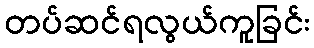
တပ်ဆင်ရလွယ်ကူခြင်း